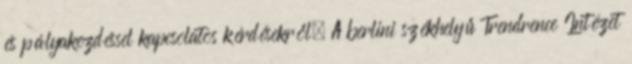
és pályakezdéssel kapcsolatos kérdésekről. A berlini székhelyű Trendrence Intézet